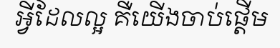
អ្វីដែលល្អ គឺយើងចាប់ផ្តើម